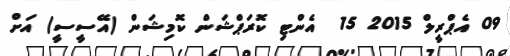
09 އެޕްރީލް 2015 15  އެންޓި ކޮރަޕްޝަން ކޮމިޝަން (އޭސީސީ) އަށް